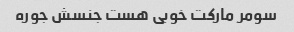
سومر مارکت خوبی هست جنسش جوره